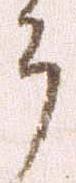
郎